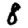
Digit: 8